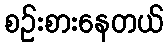
စဉ်းစားနေတယ်